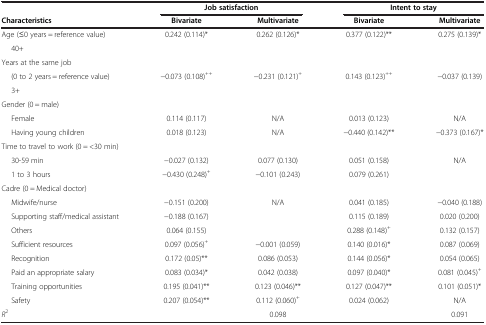
<table><thead><tr><td><b> </b></td><td colspan="2"><b>Job satisfaction</b></td><td colspan="2"><b>Intent to stay</b></td></tr><tr><td><b>Characteristics</b></td><td><b>Bivariate</b></td><td><b>Multivariate</b></td><td><b>Bivariate</b></td><td><b>Multivariate</b></td></tr></thead><tbody><tr><td>Age (≤0 years = reference value)</td><td>0.242 (0.114)*</td><td>0.262 (0.126)*</td><td>0.377 (0.122)**</td><td>0.275 (0.139)*</td></tr><tr><td>40+</td><td> </td><td> </td><td> </td><td> </td></tr><tr><td>Years at the same job</td><td> </td><td> </td><td> </td><td> </td></tr><tr><td>(0 to 2 years = reference value)</td><td>-0.073 (0.108)<sup>++</sup></td><td>-0.231 (0.121)<sup>+</sup></td><td>0.143 (0.123)<sup>++</sup></td><td>-0.037 (0.139)</td></tr><tr><td>3+</td><td> </td><td> </td><td> </td><td> </td></tr><tr><td>Gender (0 = male)</td><td> </td><td> </td><td> </td><td> </td></tr><tr><td>Female</td><td>0.114 (0.117)</td><td>N/A</td><td>0.013 (0.123)</td><td>N/A</td></tr><tr><td>Having young children</td><td>0.018 (0.123)</td><td>N/A</td><td>-0.440 (0.142)**</td><td>-0.373 (0.167)*</td></tr><tr><td>Time to travel to work (0 = &lt;30 min)</td><td> </td><td> </td><td> </td><td> </td></tr><tr><td>30-59 min</td><td>-0.027 (0.132)</td><td>0.077 (0.130)</td><td>0.051 (0.158)</td><td>N/A</td></tr><tr><td>1 to 3 hours</td><td>-0.430 (0.248)<sup>+</sup></td><td>-0.101 (0.243)</td><td>0.079 (0.261)</td><td> </td></tr><tr><td>Cadre (0 = Medical doctor)</td><td> </td><td> </td><td> </td><td> </td></tr><tr><td>Midwife/nurse</td><td>-0.151 (0.200)</td><td>N/A</td><td>0.041 (0.185)</td><td>-0.040 (0.188)</td></tr><tr><td>Supporting staff/medical assistant</td><td>-0.188 (0.167)</td><td> </td><td>0.115 (0.189)</td><td>0.020 (0.200)</td></tr><tr><td>Others</td><td>0.064 (0.155)</td><td> </td><td>0.288 (0.148)<sup>+</sup></td><td>0.132 (0.157)</td></tr><tr><td>Sufficient resources</td><td>0.097 (0.056)<sup>+</sup></td><td>-0.001 (0.059)</td><td>0.140 (0.016)*</td><td>0.087 (0.069)</td></tr><tr><td>Recognition</td><td>0.172 (0.05)**</td><td>0.086 (0.053)</td><td>0.144 (0.056)*</td><td>0.054 (0.065)</td></tr><tr><td>Paid an appropriate salary</td><td>0.083 (0.034)*</td><td>0.042 (0.038)</td><td>0.097 (0.040)*</td><td>0.081 (0.045)<sup>+</sup></td></tr><tr><td>Training opportunities</td><td>0.195 (0.041)**</td><td>0.123 (0.046)**</td><td>0.127 (0.047)**</td><td>0.101 (0.051)*</td></tr><tr><td>Safety</td><td>0.207 (0.054)**</td><td>0.112 (0.060)<sup>+</sup></td><td>0.024 (0.062)</td><td>N/A</td></tr><tr><td><i>R</i><sup>2</sup></td><td> </td><td>0.098</td><td> </td><td>0.091</td></tr></tbody></table>